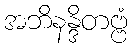
အဘိနန္ဒိတဗ္ဗံ